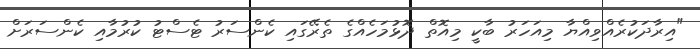
"އިރާދަކުރެއްވިއްޔާ މިއަހަރު ބާކީ މިއޮތް ދޮޅުމަހެއްގެ ތެރޭގައި ކެންސަރު ޓެސްޓު ކުރުމާއި ކެންސަރަށް